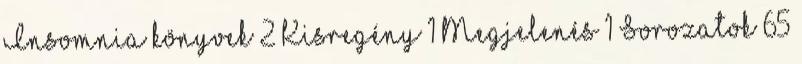
Insomnia könyvek 2 Kisregény 1 Megjelenés 1 Sorozatok 65